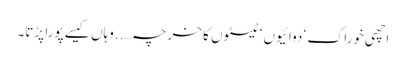
اچھی خوراک ‘ دوائیوں ‘ ٹیسٹوں کا خرچہ…..وہاں کیسے پورا پڑتا۔